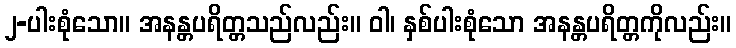
၂-ပါးစုံသော။ အနန္တပရိတ္တသည်လည်း။ ဝါ၊ နှစ်ပါးစုံသော အနန္တပရိတ္တကိုလည်း။